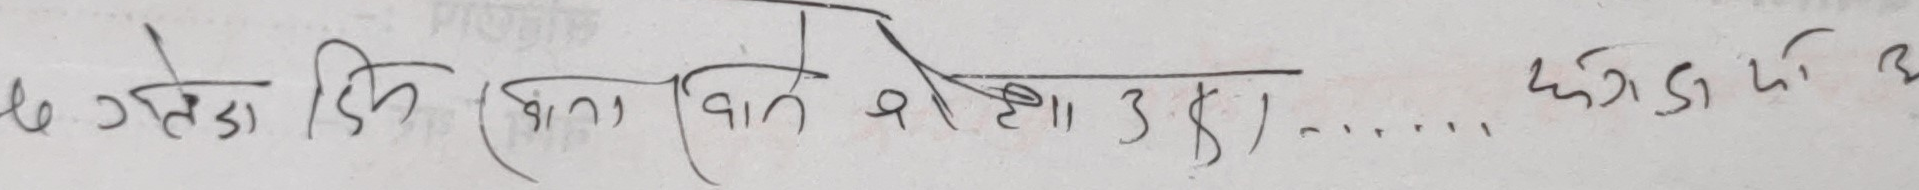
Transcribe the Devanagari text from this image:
ले जस्तै दिन (कान) वात १/११ ३४) ...... कंगडार्या उ